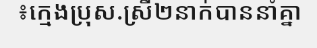
៖ក្មេងប្រុស.ស្រី២នាក់បាននាំគ្នា